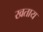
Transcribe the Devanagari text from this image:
खताय